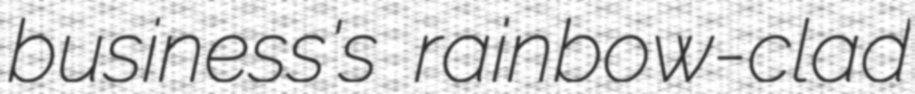
business's rainbow-clad